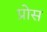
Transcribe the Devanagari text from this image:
प्रोस